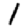
Digit: 1